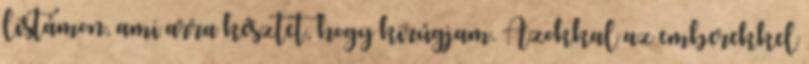
listámon, ami arra késztet, hogy kirúgjam. Azokkal az emberekkel